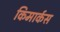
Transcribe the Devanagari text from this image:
किमार्कस